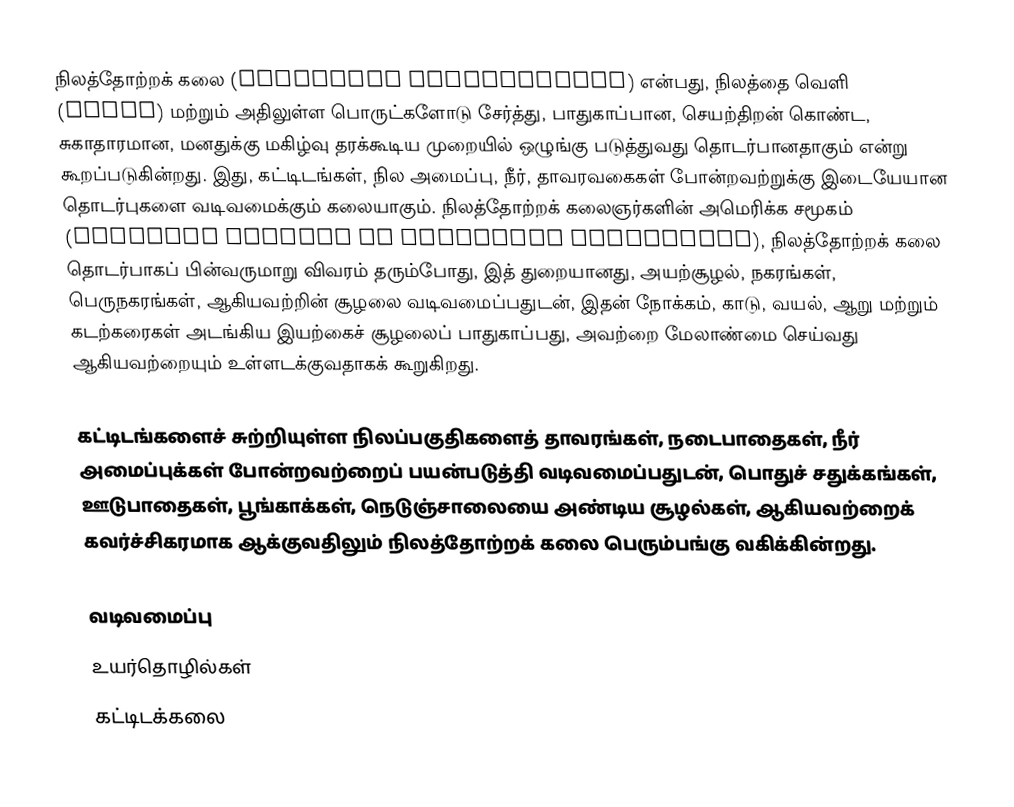
நிலத்தோற்றக் கலை (landscape architecture) என்பது, நிலத்தை வெளி (space) மற்றும் அதிலுள்ள பொருட்களோடு சேர்த்து, பாதுகாப்பான, செயற்திறன் கொண்ட, சுகாதாரமான, மனதுக்கு மகிழ்வு தரக்கூடிய முறையில் ஒழுங்கு படுத்துவது தொடர்பானதாகும் என்று கூறப்படுகின்றது. இது, கட்டிடங்கள், நில அமைப்பு, நீர், தாவரவகைகள் போன்றவற்றுக்கு இடையேயான தொடர்புகளை வடிவமைக்கும் கலையாகும். நிலத்தோற்றக் கலைஞர்களின் அமெரிக்க சமூகம் (American Society of Landscape Architects), நிலத்தோற்றக் கலை தொடர்பாகப் பின்வருமாறு விவரம் தரும்போது, இத் துறையானது, அயற்சூழல், நகரங்கள், பெருநகரங்கள், ஆகியவற்றின் சூழலை வடிவமைப்பதுடன், இதன் நோக்கம், காடு, வயல், ஆறு மற்றும் கடற்கரைகள் அடங்கிய இயற்கைச் சூழலைப் பாதுகாப்பது, அவற்றை மேலாண்மை செய்வது ஆகியவற்றையும் உள்ளடக்குவதாகக் கூறுகிறது.

கட்டிடங்களைச் சுற்றியுள்ள நிலப்பகுதிகளைத் தாவரங்கள், நடைபாதைகள், நீர் அமைப்புக்கள் போன்றவற்றைப் பயன்படுத்தி வடிவமைப்பதுடன், பொதுச் சதுக்கங்கள், ஊடுபாதைகள், பூங்காக்கள், நெடுஞ்சாலையை அண்டிய சூழல்கள், ஆகியவற்றைக் கவர்ச்சிகரமாக ஆக்குவதிலும் நிலத்தோற்றக் கலை பெரும்பங்கு வகிக்கின்றது.

வடிவமைப்பு
உயர்தொழில்கள்
கட்டிடக்கலை